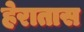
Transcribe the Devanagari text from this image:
हेरातास